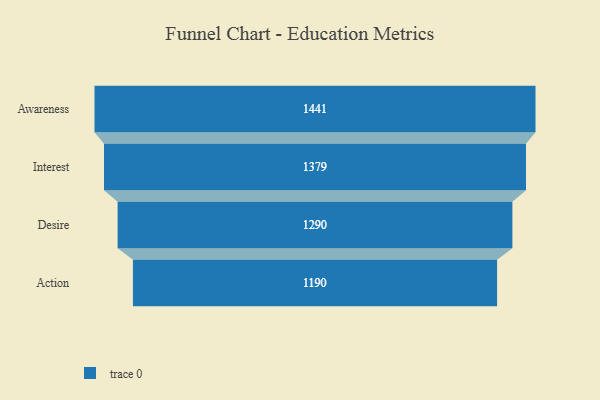
{"axis": {"x": "Stage", "y": "Value"}, "legend": [""], "data": [{"x": "Awareness", "y": 1441.0, "type": ""}, {"x": "Interest", "y": 1379.0, "type": ""}, {"x": "Desire", "y": 1290.0, "type": ""}, {"x": "Action", "y": 1190.0, "type": ""}]}